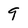
Character: 9